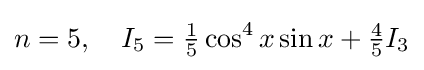
n=5,\quad I_{5}={\tfrac {1}{5}}\cos ^{4}x\sin x+{\tfrac {4}{5}}I_{3}